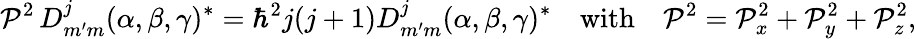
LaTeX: {\mathcal{P}}^{2}\, D_{m^{\prime}m}^{j}(\alpha,\beta,\gamma)^{*}=\hbar^{2}j(j+1)D_{m^{\prime}m}^{j}(\alpha,\beta,\gamma)^{*}\quad{\mathrm{with}}\quad{\mathcal{P}}^{2}={\mathcal{P}}_{x}^{2}+{\mathcal{P}}_{y}^{2}+{\mathcal{P}}_{z}^{2},